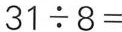
$$31\div8=$$